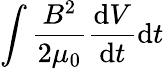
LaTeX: \int\frac{B^{2}}{2\mu_{0}}\frac{\mathrm{d}V}{\mathrm{d}t}\mathrm{d}t